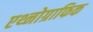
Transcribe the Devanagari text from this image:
एथ्नोग्राफिक